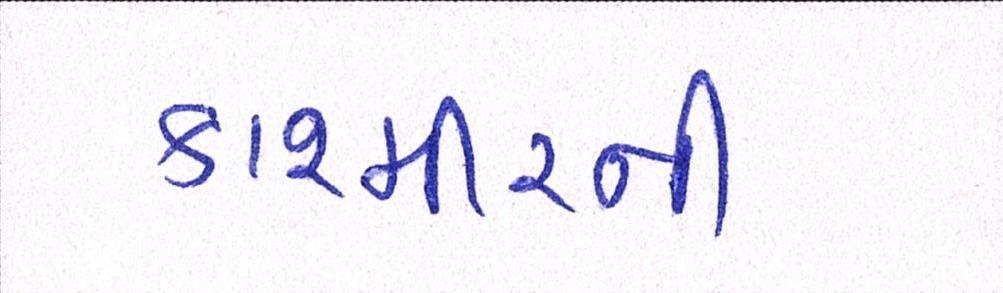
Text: કાશ્મીરની